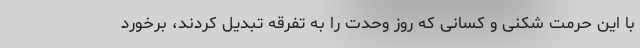
با این حرمت شکنی و کسانی که روز وحدت را به تفرقه تبدیل کردند، برخورد